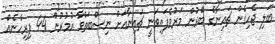
ބަލި ޖެހިގެން ޗައިނާގެ ބޭރުން މަރުވެފައިވަނީ ޗައިނާއަށް ނިސްބަތްވާ އުމުރުން 44 ފިރިހެނެއް